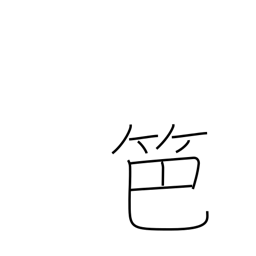
Meaning: bamboo fence